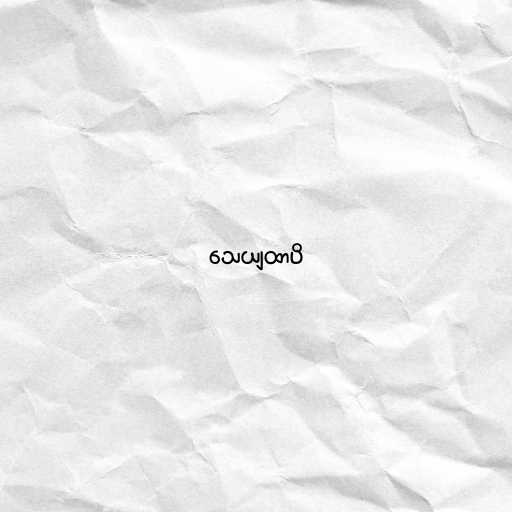
သေယျထာပိ